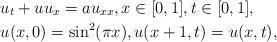
LaTeX: \begin{align*}&u_{t}+uu_{x} = au_{xx}, x\in[0,1], t\in[0,1], \\&u(x,0)=\sin^{2}(\pi x), u(x+1,t)=u(x,t),\end{align*}